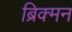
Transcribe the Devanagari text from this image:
ब्रिक्मन